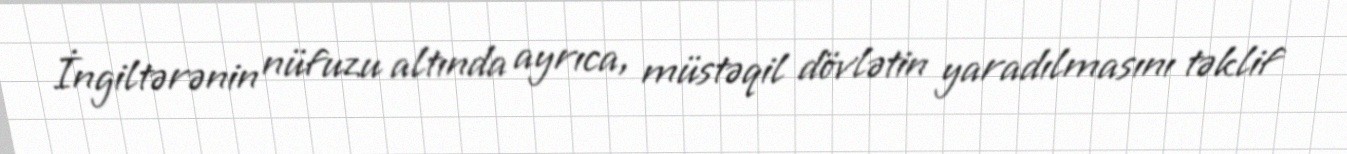
İngiltərənin nüfuzu altında ayrıca, müstəqil dövlətin yaradılmasını təklif